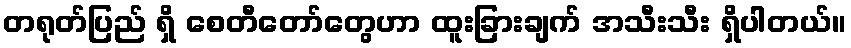
တရုတ်ပြည် ရှိ စေတီတော်တွေဟာ ထူးခြားချက် အသီးသီး ရှိပါတယ်။